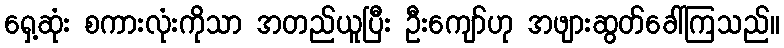
ရှေ့ဆုံး စကားလုံးကိုသာ အတည်ယူပြီး ဦးကျော်ဟု အဖျားဆွတ်ခေါ်ကြသည်။